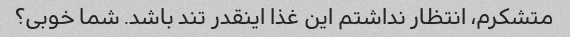
متشکرم، انتظار نداشتم این غذا اینقدر تند باشد. شما خوبی؟